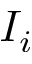
I _ { i }